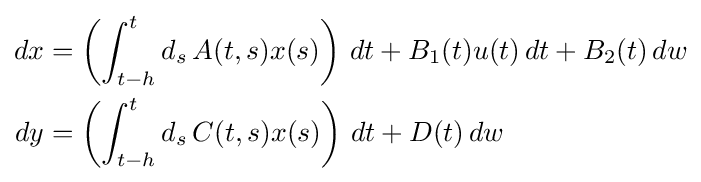
{\begin{aligned}dx&=\left(\int _{t-h}^{t}d_{s}\,A(t,s)x(s)\right)\,dt+B_{1}(t)u(t)\,dt+B_{2}(t)\,dw\\dy&=\left(\int _{t-h}^{t}d_{s}\,C(t,s)x(s)\right)\,dt+D(t)\,dw\end{aligned}}